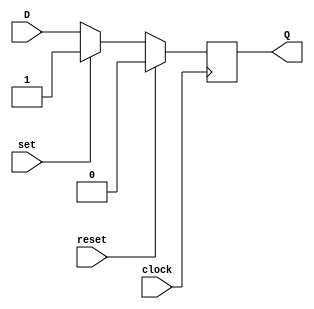
module d_ff_sync_reset_set (
    input D,           // Data input
    input clock,       // Clock input
    input reset,       // Reset input
    input set,         // Set input
    output reg Q       // Output Q
);

always @(posedge clock) begin
    if (reset) begin
        Q <= 1'b0;     // Reset Q to 0
    end else if (set) begin
        Q <= 1'b1;     // Set Q to 1
    end else begin
        Q <= D;        // Capture D on rising edge of clock
    end
end

endmodule